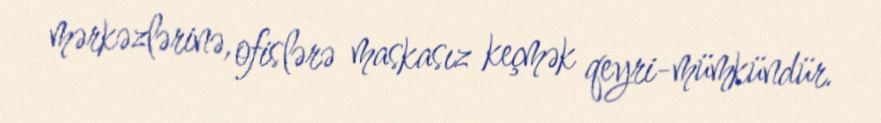
mərkəzlərinə, ofislərə maskasız keçmək qeyri-mümkündür.